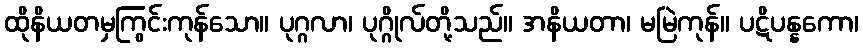
ထိုနိယတမှကြွင်းကုန်သော။ ပုဂ္ဂလာ၊ ပုဂ္ဂိုလ်တို့သည်။ အနိယတာ၊ မမြဲကုန်။ ပဋိပန္နကော၊